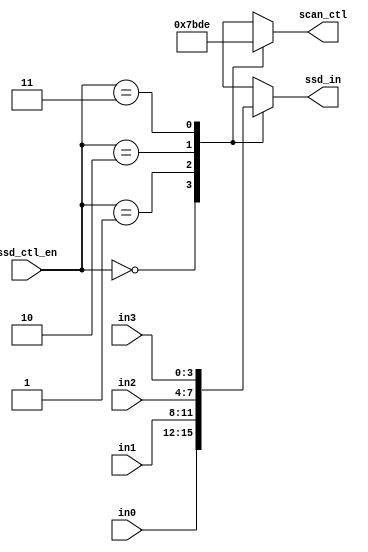
`timescale 1ns / 1ps
module scan_ctl(
output reg[3:0]scan_ctl, 
output reg [3:0]ssd_in,
input [3:0] in0, 
input [3:0] in1, 
input [3:0] in2, 
input [3:0] in3,  
input [1:0] ssd_ctl_en 
);
 

always @(ssd_ctl_en)
  case (ssd_ctl_en)
    2'b00: 
    begin
      scan_ctl= 4'b0111;
      ssd_in=in0;
    end
    2'b01: 
    begin
     scan_ctl= 4'b1011;
      ssd_in=in1;
    end
    2'b10: 
    begin
      scan_ctl= 4'b1101;
      ssd_in=in2;
    end
    2'b11: 
    begin
     scan_ctl= 4'b1110;
      ssd_in=in3;
    end
    default: 
    begin
      scan_ctl= 4'b1111;
      ssd_in=in0;
    end
  endcase

endmodule